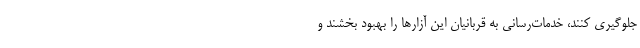
جلوگیری کنند، خدمات‌رسانی به قربانیان این آزارها را بهبود بخشند و